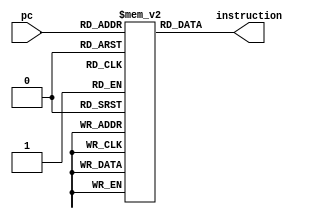
module instr_mem   
 (  
      input [7:0] pc,  
      output wire [15:0] instruction  
 );  
      wire [7 : 0] rom_addr = pc[7 : 0];  
      /* 
			addi $t0,$z0,1
			addi $t1,$z0,1
			addi $t2,$z0,5
			addi $s0,$z0,1
			beq $s0,$t2,5
			addi $s0,$s0,1
			add $t3,$z0,$t1
			add $t1,$t1,$t0
			add $t0,$z0,$t3
			j 4
			sw $t1,$s0,2  
 */  
      reg [15:0] rom[0:255];  
      initial  
      begin  
                rom[0] = 16'b1001000000010001;  
                rom[1] = 16'b1001000000100001;  
                rom[2] = 16'b1001000000110101;  
                rom[3] = 16'b1001000001010001;  
                rom[4] = 16'b0111001101010101;  
                rom[5] = 16'b1001010101010001; 
                rom[6] = 16'b0000001000000100;  
                rom[7] = 16'b0000000100100010;  
                rom[8] = 16'b0000010000000001;  
                rom[9] = 16'b1111000000000100;  
                rom[10] = 16'b0110010100100010;  
                rom[11] = 16'b0110010100100010;  
                rom[12] = 16'b0000000000000000;  
                rom[13] = 16'b0000000000000000;  
                rom[14] = 16'b0000000000000000;  
                rom[15] = 16'b0000000000000000;  
      end  
        always@(pc)
			begin
				instruction = rom[pc[7:0]];
			end
 endmodule